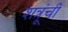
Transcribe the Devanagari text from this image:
शत्रूंची